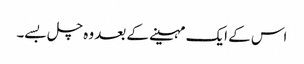
اس کے ایک مہینے کے بعد وہ چل بسے۔